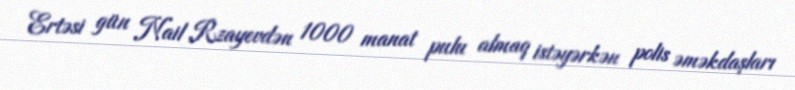
Ertəsi gün Nail Rzayevdən 1000 manat pulu almaq istəyərkən polis əməkdaşları